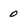
Character: 0